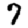
Digit: 7